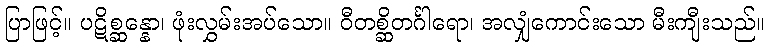
ပြာဖြင့်။ ပဋိစ္ဆန္နော၊ ဖုံးလွှမ်းအပ်သော။ ဝီတစ္ဆိတင်္ဂါရော၊ အလျှံကောင်းသော မီးကျီးသည်။